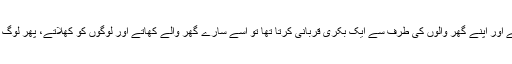
تو انہوں نے کہا کہ آپ صلی اللہ علیہ وسلم کے زمانے میں آدمی اپنے اور اپنے گھر والوں کی طرف سے ایک بکری قربانی کرتا تھا تو اسے سارے گھر والے کھاتے اور لوگوں کو کھلاتے، پھر لوگ فخر و مباہات کرنے لگے، تو معاملہ ایسا ہو گیا جو تم دیکھ رہے ہو۔